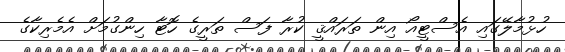
ހުޅުމާލޭގައި އެސްޓީއޯ އިން ތަރައްޤީ ކުރާ ފަސް ތަރީގެ ހޮޓާ ހިންގުމަށް އެމެރިކާގެ